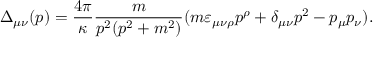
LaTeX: \Delta _ { \mu \nu } ( p ) = \frac { 4 \pi } { \kappa } \frac { m } { p ^ { 2 } ( p ^ { 2 } + m ^ { 2 } ) } ( m \varepsilon _ { \mu \nu \rho } p ^ { \rho } + \delta _ { \mu \nu } p ^ { 2 } - p _ { \mu } p _ { \nu } ) .